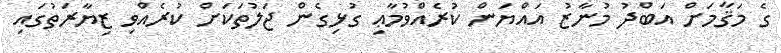
ގެ މަޤާމަށް އަބްދު މުނާޒު އައްޔަން ކުރެއްވުމާޢި ގުޅިގެން ޖަލުތަކަށް ކުރެއްވި ޒިޔާރަތުގައި